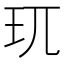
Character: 𮴀